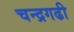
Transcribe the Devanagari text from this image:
चन्द्रगढी